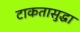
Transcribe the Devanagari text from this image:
टाकतासुद्धा